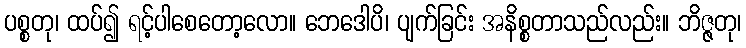
ပစ္စတု၊ ထပ်၍ ရင့်ပါစေတော့လော။ ဘေဒေါပိ၊ ပျက်ခြင်း အနိစ္စတာသည်လည်း။ ဘိဇ္ဇတု၊